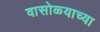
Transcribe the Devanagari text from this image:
वासोळ्याच्या